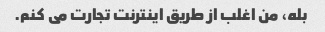
بله، من اغلب از طریق اینترنت تجارت می کنم.